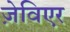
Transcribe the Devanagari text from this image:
ज़ेविएर